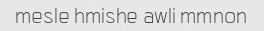
mesle hmishe awli mmnon